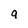
Character: 9